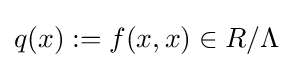
q(x):=f(x,x)\in R/\Lambda